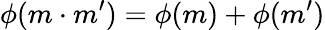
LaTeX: \phi(m\cdot m^{\prime})=\phi(m)+\phi(m^{\prime})